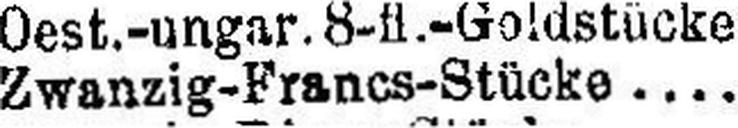
Zwangzig-Francs-Stücke